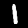
Digit: 1